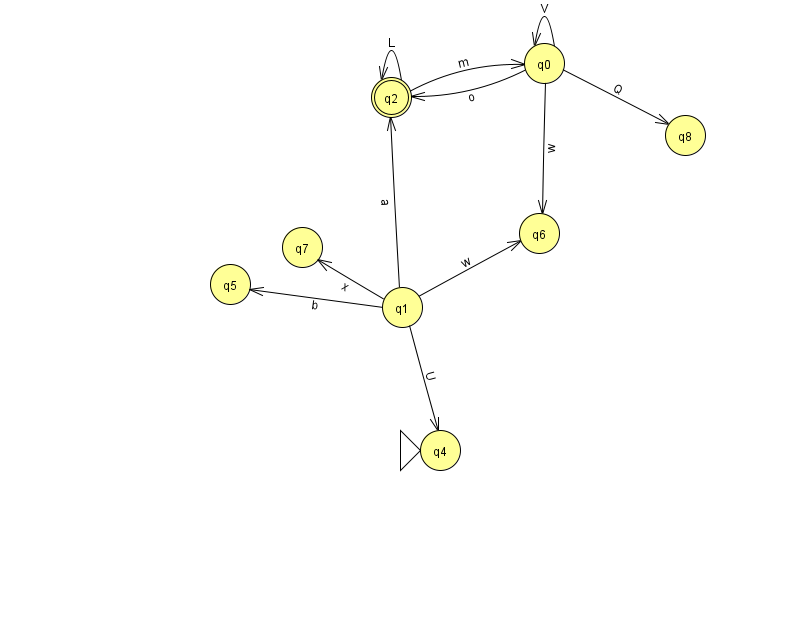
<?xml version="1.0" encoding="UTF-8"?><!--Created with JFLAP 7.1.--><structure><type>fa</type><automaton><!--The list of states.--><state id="0" name="q0"><x>544.0</x><y>50.0</y></state><state id="1" name="q1"><x>402.0</x><y>294.0</y></state><state id="2" name="q2"><x>391.0</x><y>84.0</y><final/></state><state id="4" name="q4"><x>440.0</x><y>437.0</y><initial/></state><state id="5" name="q5"><x>230.0</x><y>271.0</y></state><state id="6" name="q6"><x>539.0</x><y>220.0</y></state><state id="7" name="q7"><x>302.0</x><y>234.0</y></state><state id="8" name="q8"><x>685.0</x><y>122.0</y></state><!--The list of transitions.--><transition><from>0</from><to>8</to><read>Q</read></transition><transition><from>0</from><to>2</to><read>o</read></transition><transition><from>0</from><to>6</to><read>w</read></transition><transition><from>1</from><to>6</to><read>w</read></transition><transition><from>0</from><to>0</to><read>V</read></transition><transition><from>2</from><to>0</to><read>m</read></transition><transition><from>1</from><to>7</to><read>x</read></transition><transition><from>1</from><to>2</to><read>a</read></transition><transition><from>2</from><to>2</to><read>L</read></transition><transition><from>1</from><to>4</to><read>U</read></transition><transition><from>1</from><to>5</to><read>b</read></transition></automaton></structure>